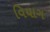
વિયાગ